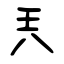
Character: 兲